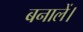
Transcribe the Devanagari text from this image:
बनालें।